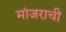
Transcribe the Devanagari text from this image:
मांजराची